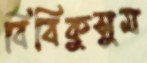
বিবিকুসুম